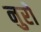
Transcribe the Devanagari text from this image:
नुरो